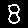
Digit: 8